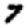
Digit: 7